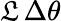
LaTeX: \mathfrak{L}\, \Delta\theta